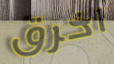
اخرق